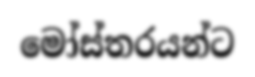
මෝස්තරයන්ට